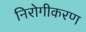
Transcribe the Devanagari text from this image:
निरोगीकरण